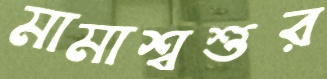
মামাশ্বশুর